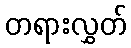
တရားလွှတ်